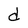
Character: d